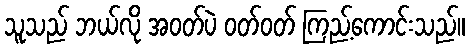
သူသည် ဘယ်လို အဝတ်ပဲ ဝတ်ဝတ် ကြည့်ကောင်းသည်။